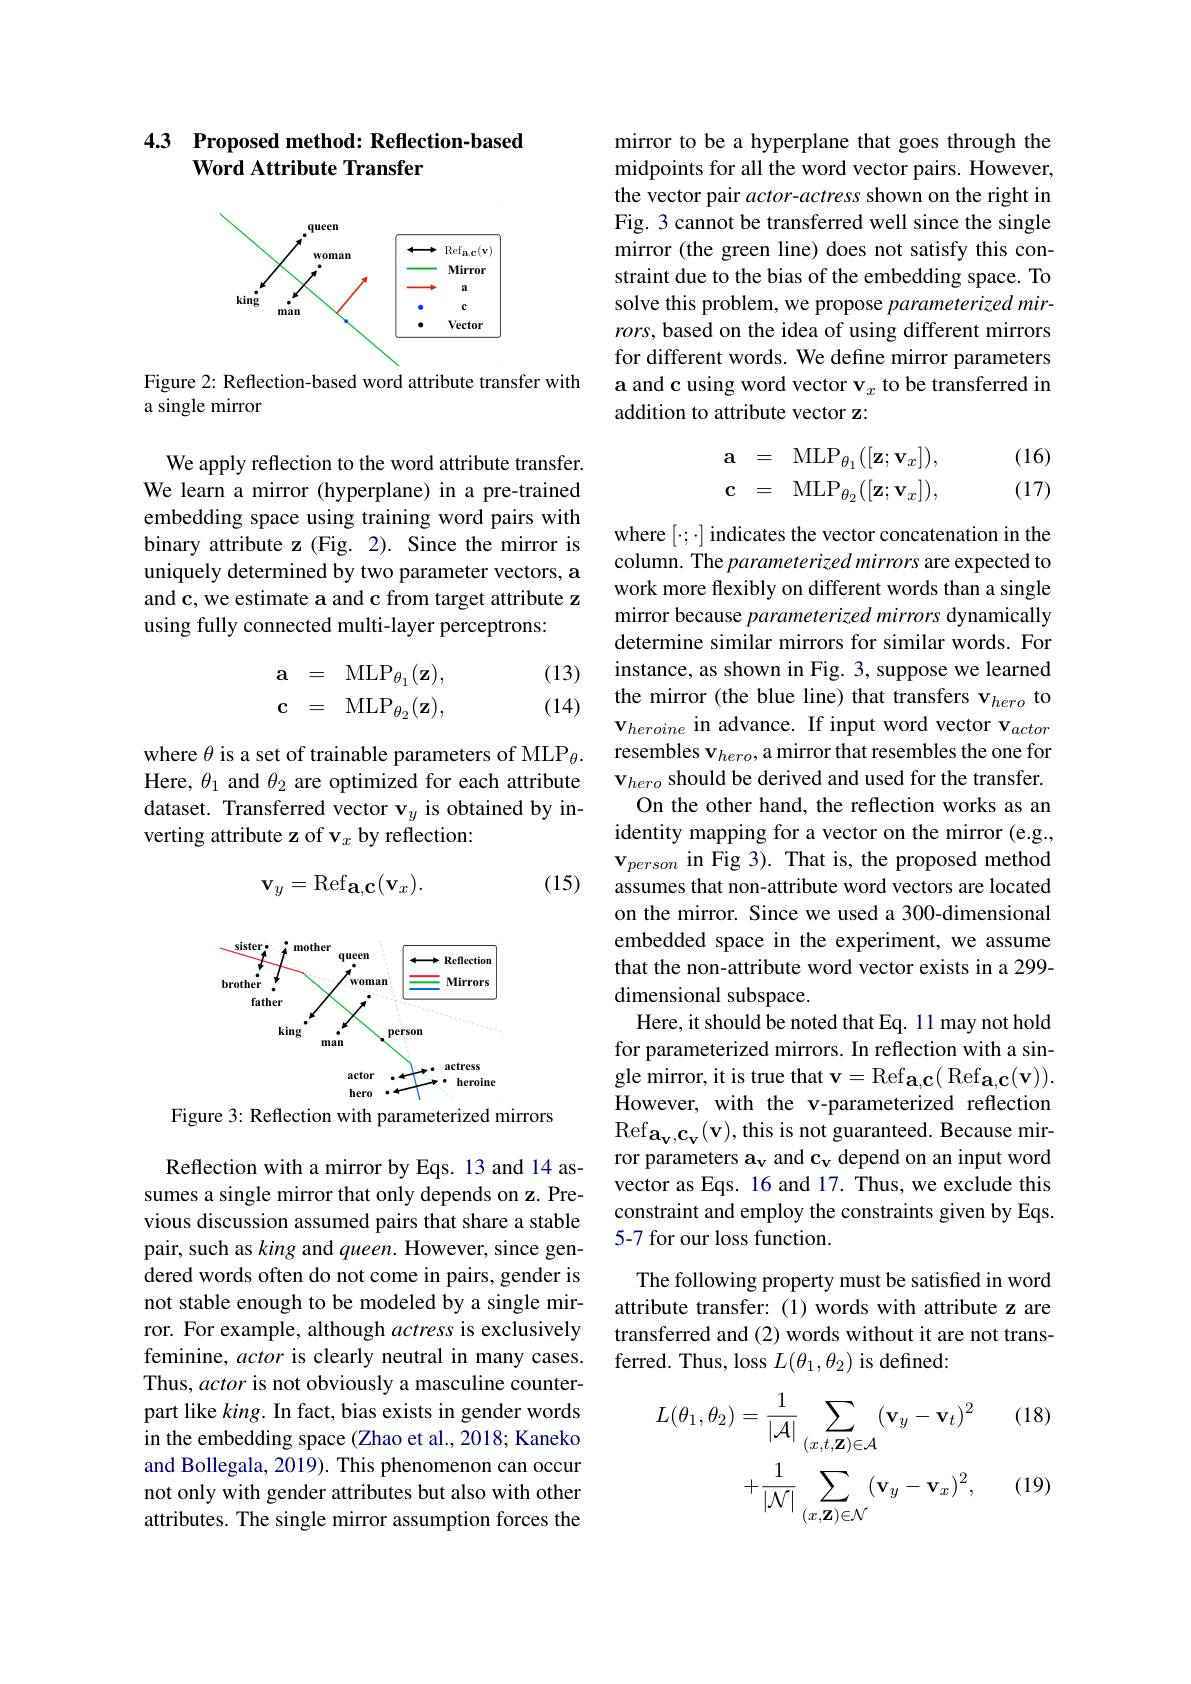
### 4.3 Proposed method: Reflection-based Word Attribute Transfer

<FigureHere>

Figure 2: Reflection-based word attribute transfer with
a single mirror

We apply reflection to the word attribute transfer. We learn a mirror (hyperplane) in a pre-trained embedding space using training word pairs with binary attribute z (Fig. 2). Since the mirror is uniquely determined by two parameter vectors, a and c, we estimate a and c from target attribute z using fully connected multi-layer perceptrons:

(13)

(14)
$$\begin{array}{rcl}\mathbf{a}&=&\mathrm{MLP}_{\theta_1}(\mathbf{z}),\\\mathbf{c}&=&\mathrm{MLP}_{\theta_2}(\mathbf{z}),\end{array}$$
where $\theta$ is a set of trainable parameters of MLP$_\theta.$ Here, $\theta_1$ and $\theta_2$ are optimized for each attribute dataset. Transferred vector v$_y$ is obtained by inverting attribute z of $\mathbf{v}_x$ by reflection:
$$\mathbf{v}_{y}=\mathrm{Ref}_{\mathbf{a},\mathbf{c}}(\mathbf{v}_{x}).$$
(15)

<FigureHere>

Figure 3: Reflection with parameterized mirrors

Reflection with a mirror by Eqs. 13 and 14 assumes a single mirror that only depends on z. Previous discussion assumed pairs that share a stable pair, such as king and queen. However, since gendered words often do not come in pairs, gender is not stable enough to be modeled by a single mirror. For example, although actress is exclusively feminine, actor is clearly neutral in many cases. Thus, actor is not obviously a masculine counterpart like $king.$ In fact, bias exists in gender words in the embedding space (Zhao et al., 2018; Kaneko and Bollegala, 2019). This phenomenon can occur not only with gender attributes but also with other attributes. The single mirror assumption forces the

mirror to be a hyperplane that goes through the midpoints for all the word vector pairs. However, the vector pair actor-actress shown on the right in Fig. 3 cannot be transferred well since the single mirror (the green line) does not satisfy this constraint due to the bias of the embedding space. To solve this problem, we propose parameterized mirrors, based on the idea of using different mirrors for different words. We define mirror parameters a and c using word vector $\mathbf{v}_x$ to be transferred in addition to attribute vector z:
$$\begin{array}{rcl}\mathbf{a}&=&\mathrm{MLP}_{\theta_1}([\mathbf{z};\mathbf{v}_x]),\\\mathbf{c}&=&\mathrm{MLP}_{\theta_2}([\mathbf{z};\mathbf{v}_x]),\end{array}$$
(16) (17)

where $[\cdot;\cdot]$ indicates the vector concatenation in the column. The parameterized mirrors are expected to work more flexibly on different words than a single mirror because parameterized mirrors dynamically determine similar mirrors for similar words. For instance, as shown in Fig. 3, suppose we learned the mirror (the blue line) that transfers v$_{hero}$ to $\mathbf{v}_{heroine}$ in advance. If input word vector v$_actor$ resembles v$_{hero}$,a mirror that resembles the one for v$_{hero}$ should be derived and used for the transfer.
On the other hand, the reflection works as an identity mapping for a vector on the mirror (e.g., $\mathbf{v}_{person}$ in Fig 3). That is, the proposed method assumes that non-attribute word vectors are located on the mirror. Since we used a 300-dimensional embedded space in the experiment, we assume that the non-attribute word vector exists in a 299- dimensional subspace.
Here, it should be noted that Eq. 11 may not hold for parameterized mirrors. In reflection with a single mirror, it is true that v$=\operatorname{Ref}_{\mathbf{a},\mathbf{c}}(\operatorname{Ref}_{\mathbf{a},\mathbf{c}}(\mathbf{v})).$ However, with the v-parameterized reflection Ref$a_{v}$, $c_{v}$( v) , this is not guaranteed. Because mir- ror parameters a$_\mathrm{v}$ and c$_\mathrm{v}$ depend on an input word vector as Eqs. 16 and 17. Thus, we exclude this constraint and employ the constraints given by Eqs. 5-7 for our loss function.

The following property must be satisfied in word attribute transfer: (1) words with attribute z are transferred and (2) words without it are not transferred. Thus, loss $L(\theta_1,\theta_2)$ is defined:

(18)
$$\begin{aligned}L(\theta_{1},\theta_{2})&=\frac{1}{|\mathcal{A}|}\sum_{(x,t,\mathbf{Z})\in\mathcal{A}}(\mathbf{v}_{y}-\mathbf{v}_{t})^{2}\\&+\frac{1}{|\mathcal{N}|}\sum_{(x,\mathbf{Z})\in\mathcal{N}}(\mathbf{v}_{y}-\mathbf{v}_{x})^{2},\end{aligned}$$
(19)